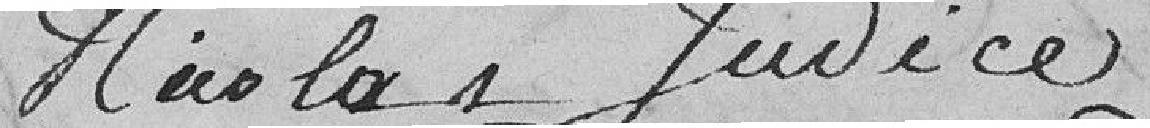
Nicolas Judice